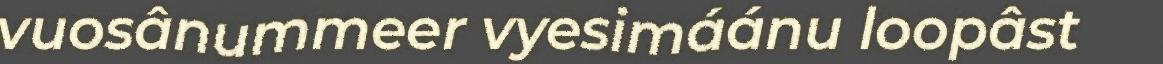
vuosânummeer vyesimáánu loopâst